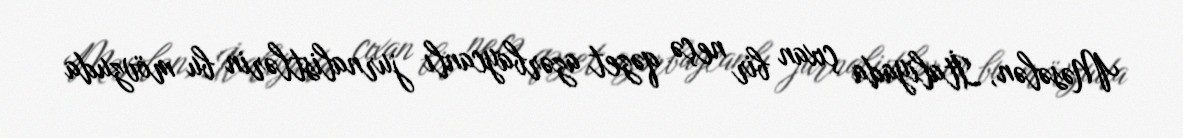
Məsələn, İtaliyada çıxan bir neçə qəzet azərbaycanlı jurnalistlərin bu mövzuda